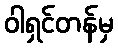
ဝါရှင်တန်မှ